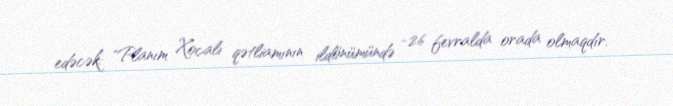
edəcək: "Planım Xocalı qətliamının ildönümündə -26 fevralda orada olmaqdır.